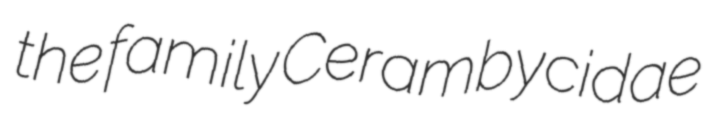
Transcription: the family Cerambycidae